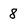
Character: 8